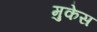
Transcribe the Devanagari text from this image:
मुकेस